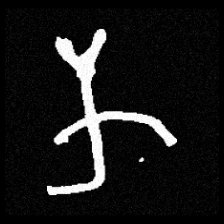
Pyu character \u2014 Myanmar letter: က (romanized: ka)